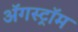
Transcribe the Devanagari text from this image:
ॲगस्ट्रॉम